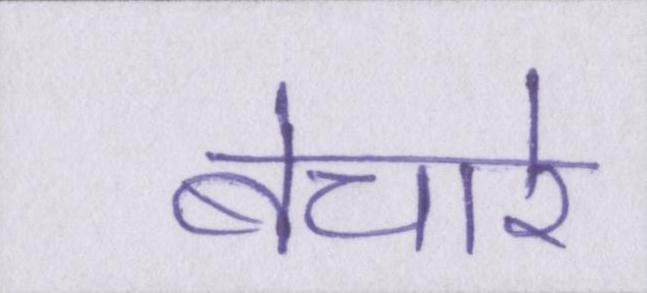
बेचारे